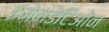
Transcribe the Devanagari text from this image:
इमेनडेटिओन